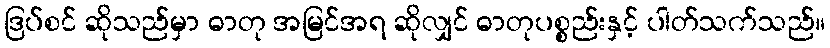
ဒြပ်စင် ဆိုသည်မှာ ဓာတု အမြင်အရ ဆိုလျှင် ဓာတုပစ္စည်းနှင့် ပါတ်သက်သည်။